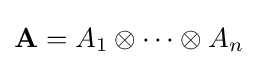
\mathbf {A} =A_{1}\otimes \cdots \otimes A_{n}